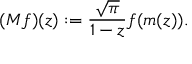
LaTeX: ( M f ) ( z ) : = { \frac { \sqrt { \pi } } { 1 - z } } f ( m ( z ) ) .